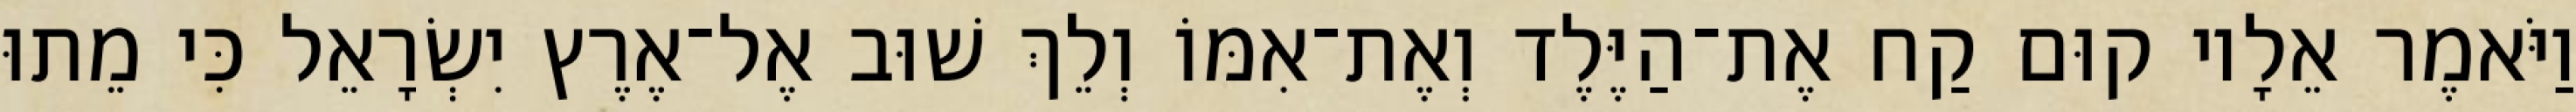
וַיֹּאמֶר אֵלָיו קוּם קַח אֶת־הַיֶּלֶד וְאֶת־אִמּוֹ וְלֵךְ שׁוּב אֶל־אֶרֶץ יִשְׂרָאֵל כִּי מֵתוּ